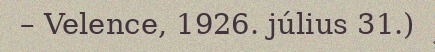
– Velence, 1926. július 31.)